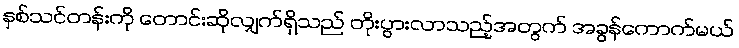
နှစ်သင်တန်းကို တောင်းဆိုလျှက်ရှိသည် တိုးပွားလာသည့်အတွက် အခွန်ကောက်မယ်